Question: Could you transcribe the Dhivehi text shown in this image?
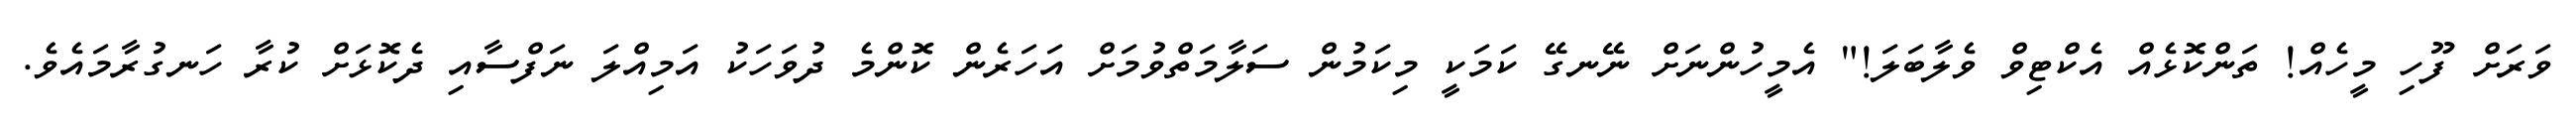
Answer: ވަރަށް ފޫހި މީހެއް! ތަންކޮޅެއް އެކްޓިވް ވެލާބަލަ!" އެމީހުންނަށް ނޭނގޭ ކަމަކީ މިކަމުން ސަލާމަތްވުމަށް އަހަރެން ކޮންމެ ދުވަހަކު އަމިއްލަ ނަފްސާއި ދެކޮޅަށް ކުރާ ހަނގުރާމައެވެ.